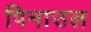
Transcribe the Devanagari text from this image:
पिनाउल